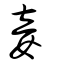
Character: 妾